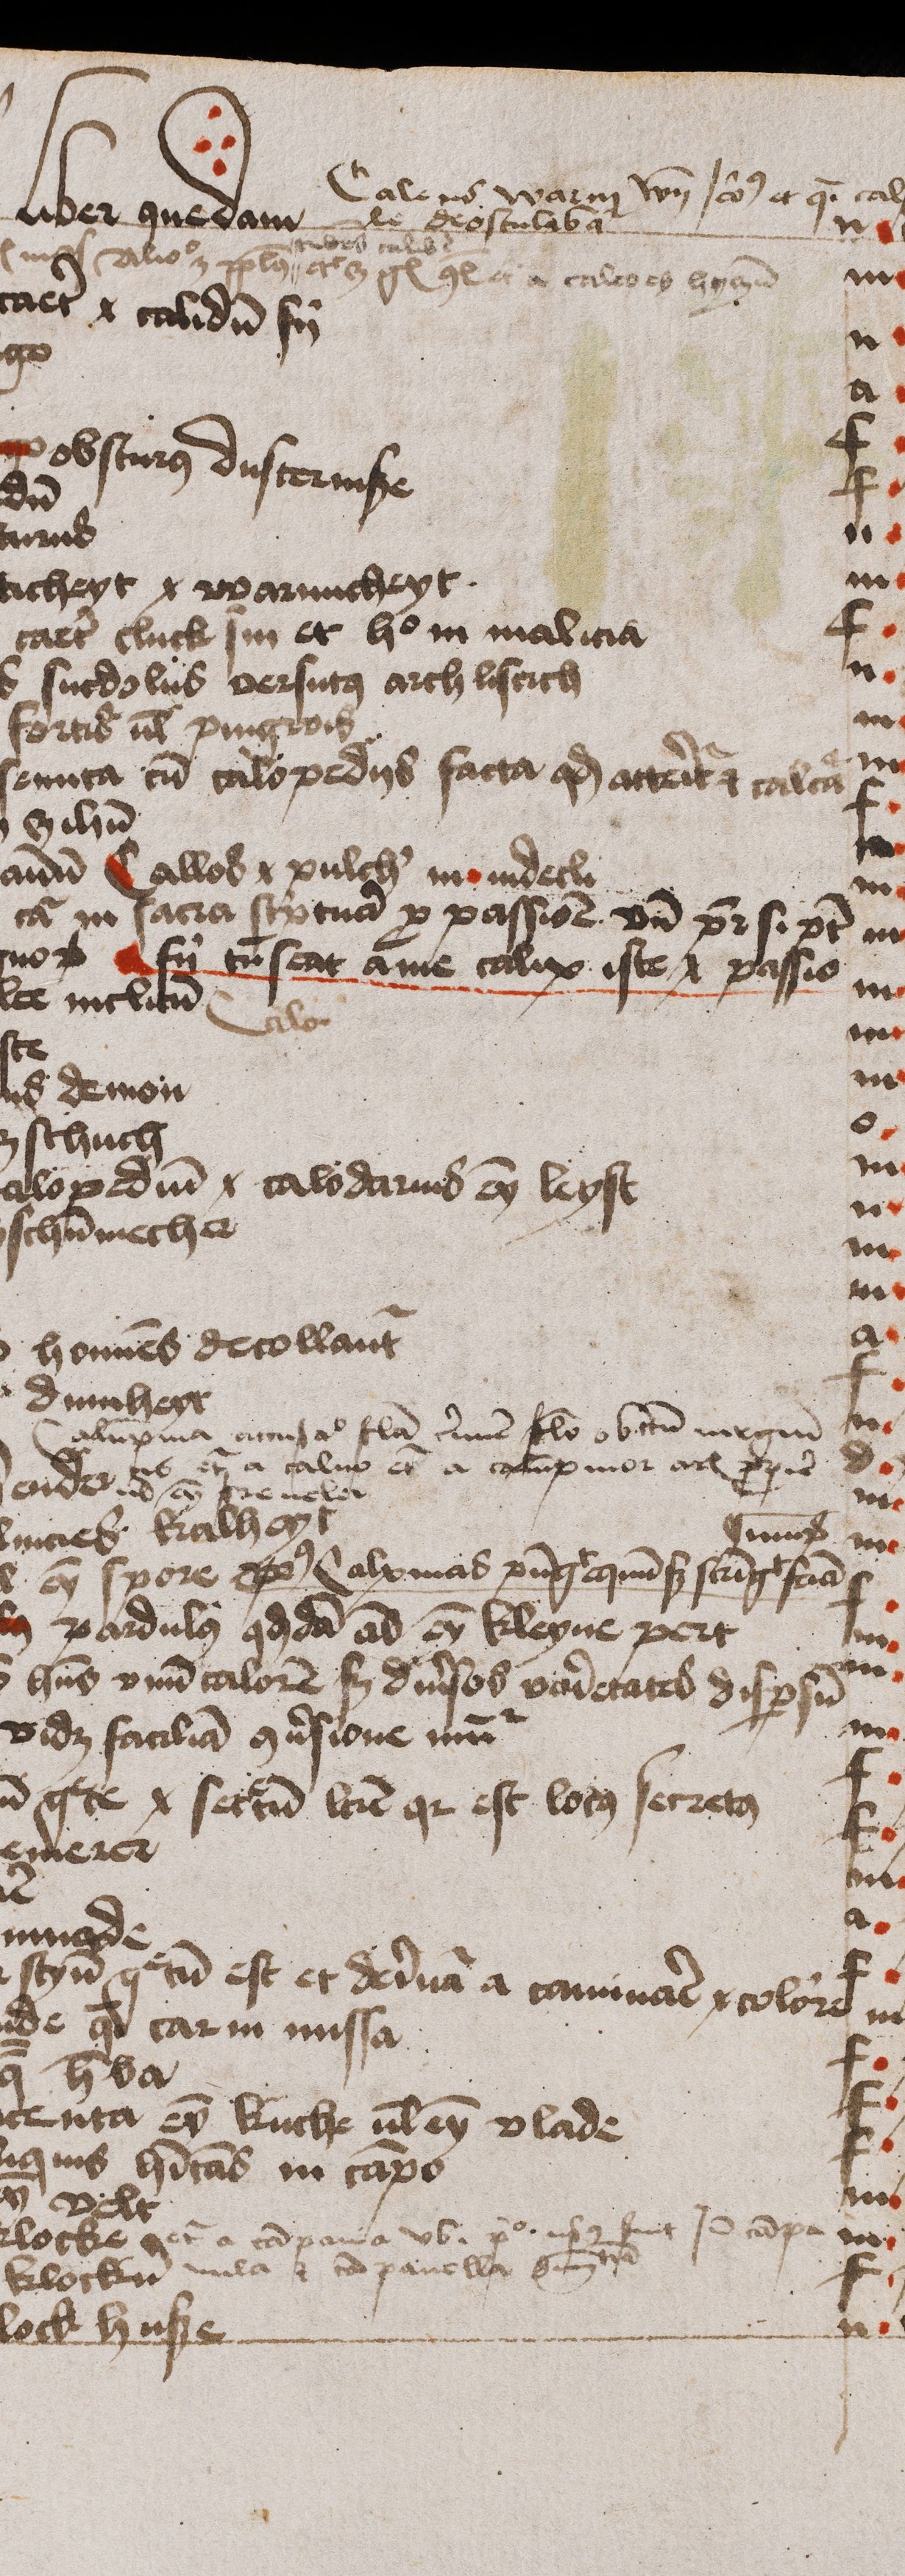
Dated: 1474–1474